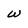
Character: w